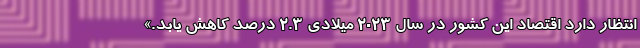
انتظار دارد اقتصاد این کشور در سال ۲۰۲۳ میلادی ۲.۳ درصد کاهش یابد.»